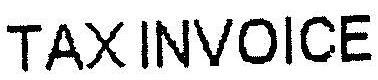
TAX INVOICE